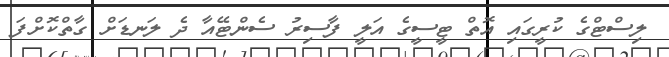
ލިސްޓްގެ ކުރީގައި އޮތް ޓީސީގެ އަލީ ފާސިރު ސެންޓޭއާ ދެ ލަނޑަށް ގާތްކޮށްފަ